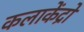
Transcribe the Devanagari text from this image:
कलाकेंद्रों